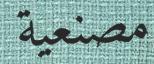
مصنعية